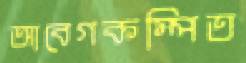
আবেগকম্পিত